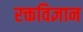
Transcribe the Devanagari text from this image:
रक्तविज्ञान